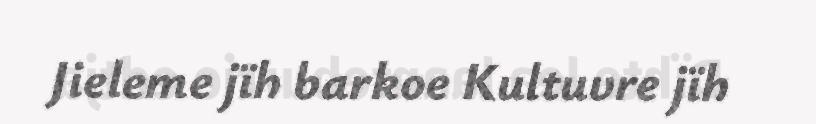
Jieleme jïh barkoe Kultuvre jïh